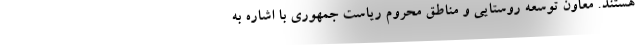
هستند. معاون توسعه روستایی و مناطق محروم ریاست جمهوری با اشاره به